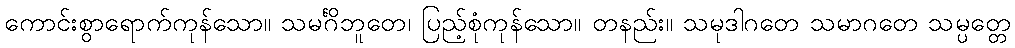
ကောင်းစွာရောက်ကုန်သော။ သမင်္ဂိဘူတေ၊ ပြည့်စုံကုန်သော။ တနည်း။ သမုဒါဂတေ သမာဂတေ သမ္ပတ္တေ